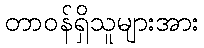
တာဝန်ရှိသူများအား